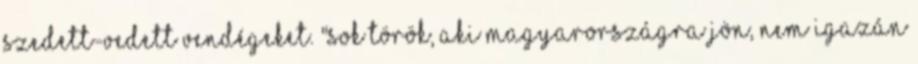
szedett-vedett vendégeket. "Sok török, aki Magyarországra jön, nem igazán